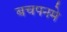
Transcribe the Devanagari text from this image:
बचपनमे